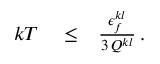
\begin{array} { r l r } { k T } & { { } \le } & { \frac { \epsilon _ { f } ^ { k l } } { 3 \, Q ^ { k l } } \, . } \end{array}